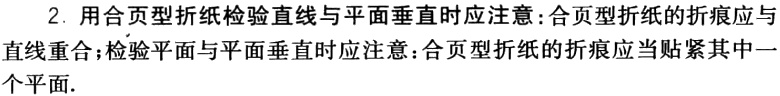
2. 用合页型折纸检验直线与平面垂直时应注意：合页型折纸的折痕应与直线重合；检验平面与平面垂直时应注意：合页型折纸的折痕应当贴紧其中一个平面.